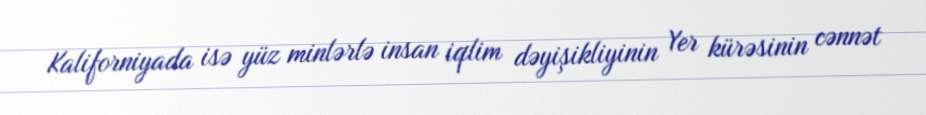
Kaliforniyada isə yüz minlərlə insan iqlim dəyişikliyinin Yer kürəsinin cənnət